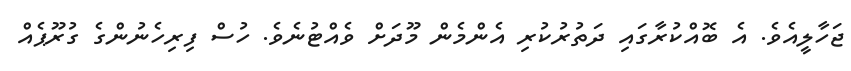
ޖަހާލީއެވެ. އެ ބޮއްކުރާގައި ދަތުރުކުރި އެންމެން މޫދަށް ވެއްޓުނެވެ. ހުސް ފިިރިހެނުންގެ ގުރޫޕެއް